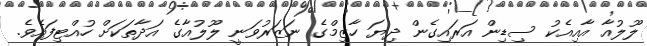
ލޫލުއާ އާއިއެކު ސިޑިން އަރައިގެން ދިޔަ ހާޒިމްގެ ނަޒަރުވަނީ ލޫލުއާގެ އަދާތަކަށް ހުއްޓިފައެވެ.